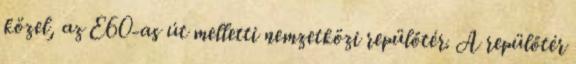
közel, az E60-as út melletti nemzetközi repülőtér. A repülőtér